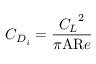
\ C _ { D _ { i } } = { \frac { { C _ { L } } ^ { 2 } } { \pi { \mathrm { A R } } e } }